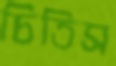
চিতিস